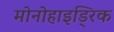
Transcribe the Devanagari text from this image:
मोनोहाइड्रिक